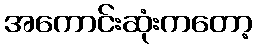
အကောင်းဆုံးကတော့